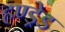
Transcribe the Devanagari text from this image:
हण्ड्रेड